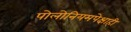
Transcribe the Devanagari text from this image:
पोलोनियमपेक्षाही